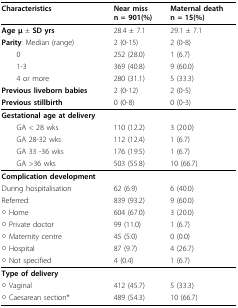
<table><thead><tr><td><b>Characteristics</b></td><td><b>Near miss n = 901(%)</b></td><td><b>Maternal death n = 15(%)</b></td></tr></thead><tbody><tr><td><b>Age μ </b>± <b>SD yrs</b></td><td>28.4 ± 7.1</td><td>29.1 ± 7.1</td></tr><tr><td><b>Parity</b>: Median (range)</td><td>2 (0-15)</td><td>2 (0-8)</td></tr><tr><td> 0</td><td>252 (28.0)</td><td>1 (6.7)</td></tr><tr><td> 1-3</td><td>369 (40.8)</td><td>9 (60.0)</td></tr><tr><td> 4 or more</td><td>280 (31.1)</td><td>5 (33.3)</td></tr><tr><td><b>Previous liveborn babies</b></td><td>2 (0-12)</td><td>2 (0-5)</td></tr><tr><td><b>Previous stillbirth</b></td><td>0 (0-8)</td><td>0 (0-3)</td></tr><tr><td><b>Gestational age at delivery</b></td><td></td><td></td></tr><tr><td> GA &lt; 28 wks</td><td>110 (12.2)</td><td>3 (20.0)</td></tr><tr><td> GA 28-32 wks</td><td>112 (12.4)</td><td>1 (6.7)</td></tr><tr><td> GA 33 -36 wks</td><td>176 (19.5)</td><td>1 (6.7)</td></tr><tr><td> GA &gt;36 wks</td><td>503 (55.8)</td><td>10 (66.7)</td></tr><tr><td><b>Complication development</b></td><td></td><td></td></tr><tr><td>During hospitalisation</td><td>62 (6.9)</td><td>6 (40.0)</td></tr><tr><td>Referred:</td><td>839 (93.2)</td><td>9 (60.0)</td></tr><tr><td>○ Home</td><td>604 (67.0)</td><td>3 (20.0)</td></tr><tr><td>○ Private doctor</td><td>99 (11.0)</td><td>1 (6.7)</td></tr><tr><td>○ Maternity centre</td><td>45 (5.0)</td><td>0 (0.0)</td></tr><tr><td>○ Hospital</td><td>87 (9.7)</td><td>4 (26.7)</td></tr><tr><td>○ Not specified</td><td>4 (0.4)</td><td>1 (6.7)</td></tr><tr><td><b>Type of delivery</b></td><td></td><td></td></tr><tr><td>○ Vaginal</td><td>412 (45.7)</td><td>5 (33.3)</td></tr><tr><td>○ Caesarean section*</td><td>489 (54.3)</td><td>10 (66.7)</td></tr></tbody></table>